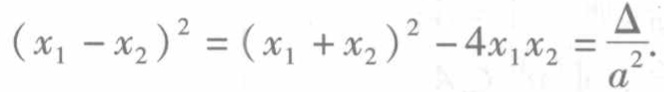
\((x_1 - x_2)^2 = (x_1 + x_2)^2 - 4x_1x_2 = \frac{\Delta}{a^2}\)